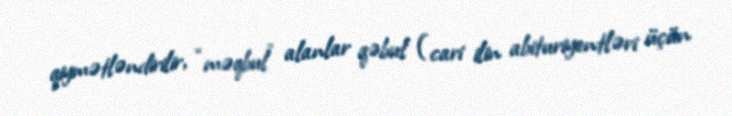
qiymətləndirilir, “məqbul” alanlar qəbul (cari ilin abituriyentləri üçün